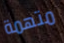
متهمة